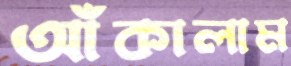
আঁকালাম